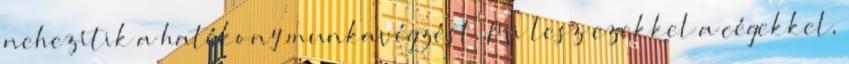
nehezítik a hatékony munkavégzést. Mi lesz ezekkel a cégekkel,